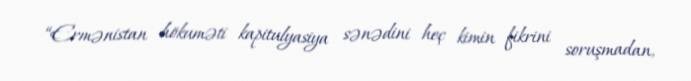
“Ermənistan hökuməti kapitulyasiya sənədini heç kimin fikrini soruşmadan,